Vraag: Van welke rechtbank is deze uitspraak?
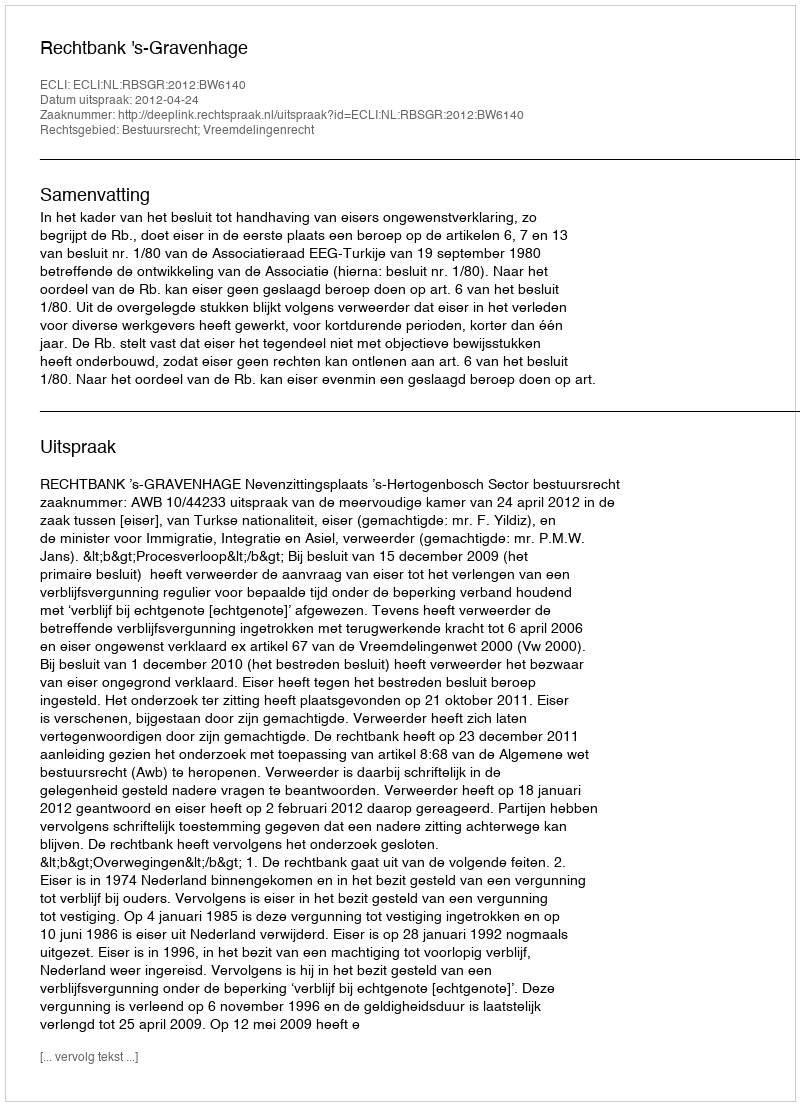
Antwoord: Rechtbank 's-Gravenhage